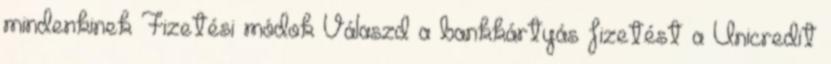
mindenkinek Fizetési módok Válaszd a bankkártyás fizetést a Unicredit